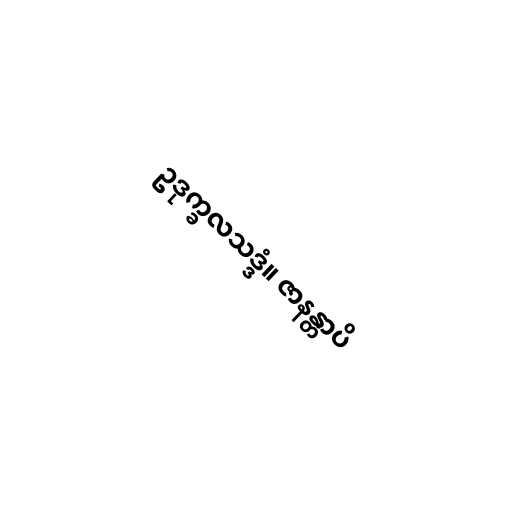
ဥဒုက္ခလသဒ္ဒံ။ ဇာနန္တာပိ